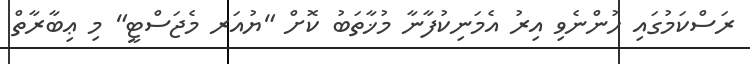
ރަސްކަމުގައި ހުންނެވި އިރު އެމަނިކުފާނާ މުޚާތަބު ކޮށް "ޔުއަރ މެޖަސްޓީ" މި ޢިބާރާތް